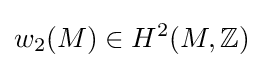
w_{2}(M)\in H^{2}(M,\mathbb {Z} )